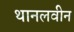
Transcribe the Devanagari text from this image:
थानलवीन